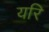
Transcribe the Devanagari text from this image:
यरि